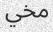
مخي